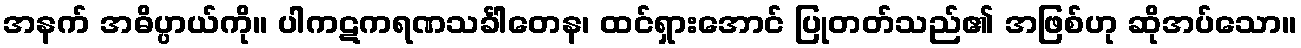
အနက် အဓိပ္ပာယ်ကို။ ပါကဋကရဏသင်္ခါတေန၊ ထင်ရှားအောင် ပြုတတ်သည်၏ အဖြစ်ဟု ဆိုအပ်သော။